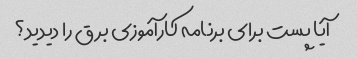
آیا پست برای برنامه کارآموزی برق را دیدید؟